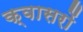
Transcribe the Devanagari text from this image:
क्वासरों